Senior Leaving Certificate Examination (including Day School Certificate (Higher) General paper), 1950
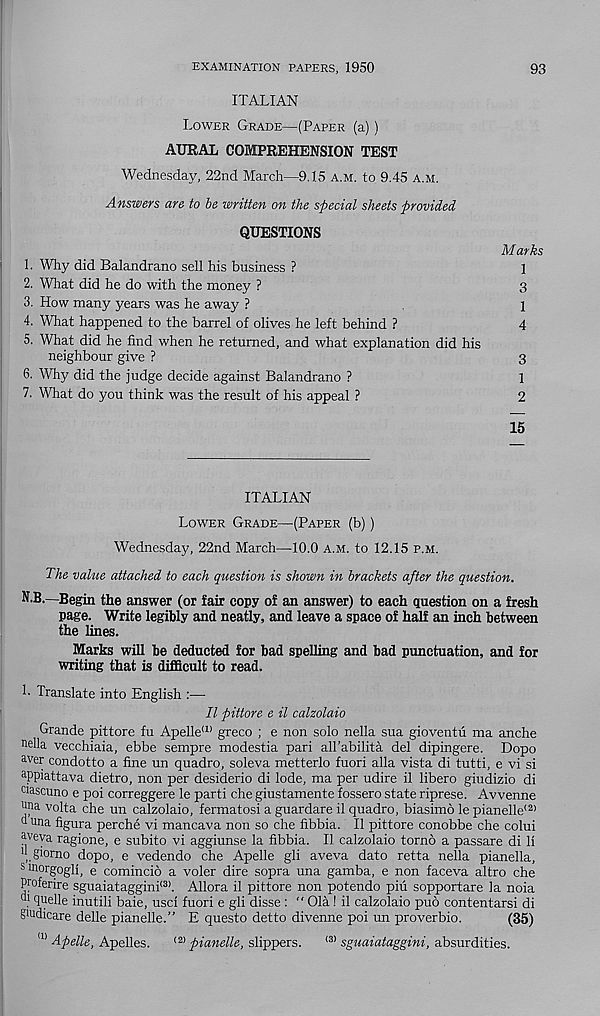
EXAMINATION PAPERS, 1950
93
ITALIAN
Lower Grade—(Paper (a))
AURAL COMPREHENSION TEST
Wednesday, 22nd March—9.15 a.m. to 9.45 a.m.
Answers are to be written on the special sheets provided
QUESTIONS
Marks
1. Why did Balandrano sell his business ?
1
2. What did he do with the money ?
3
3. How many years was he away ?
1
4. What happened to the barrel of olives he left behind ?
4
5. What did he find when he returned, and what explanation did his
neighbour give ?
3
6. Why did the judge decide against Balandrano ?
1
7. What do you think was the result of his appeal ?
2
15
ITALIAN
Lower Grade—(Paper (b))
Wednesday, 22nd March—10.0 a.m. to 12.15 p.m.
The value attached to each question is shown in brackets after the question.
N.B.—Begin the answer (or fair copy of an answer) to each question on a fresh
page. Write legibly and neatly, and leave a space of half an inch between
the lines.
Marks will be deducted for bad spelling and bad punctuation, and for
writing that is difficult to read.
h Translate into English :—
II pittore e il calzolaio
Grande pittore fu Apelle a) greco ; e non solo nella sua gioventu ma anche
nella vecchiaia, ebbe sempre modestia pari aH’abilita del dipingere. Dopo
aver condotto a fine un quadro, soleva metterlo fuori alia vista di tutti, e vi si
appiattava dietro, non per desiderio di lode, ma per udire il libero giudizio di
ciascuno e poi correggere le parti che giustamente fossero state riprese. Avvenne
«na volta che un calzolaio, fermatosi a guardare il quadro, biasimo le pianelle <2)
d una figura perche vi mancava non so che fibbia. Il pittore conobbe che colui
aveva ragione, e subito vi aggiunse la fibbia. Il calzolaio torno a passare di li
“ giorno dopo, e vedendo che Apelle gli aveva dato retta nella pianella,
sinorgogh, e comincio a voler dire sopra una gamba, e non faceva altro che
Proferire sguaiataggini (3> . Allora il pittore non potendo piu sopportare la noia
. ^elle inutili baie, usd fuori e gli disse : “ Ola! il calzolaio pud contentarsi di
g'udicare delle pianelle.” E questo detto divenne poi un proverbio.
(35)
a) Apelle, Apelles.
<2) pianelle, slippers.
(3) sguaiataggini, absurdities.